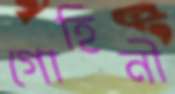
গোহিনী